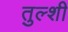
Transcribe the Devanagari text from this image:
तुल्शी